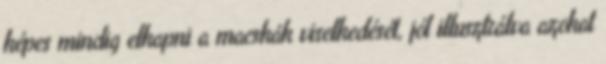
képes mindig elkapni a macskák viselkedését, jól illusztrálva azokat